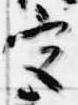
宮